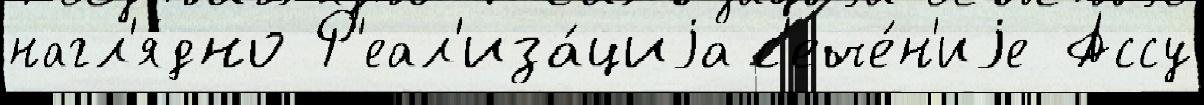
нагл'я́дно Р'еал'иза́циjа с'ече́н'иjе Ассу